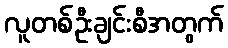
လူတစ်ဦးချင်းစီအတွက်